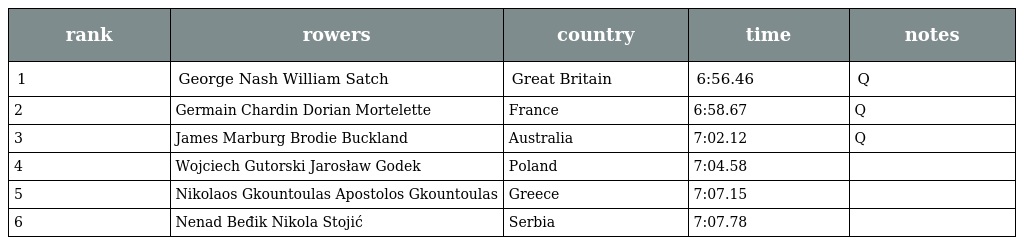
| rank | rowers | country | time | notes |
 | --- | --- | --- | --- | --- |
 | 1 | George Nash William Satch | Great Britain | 6:56.46 | Q |
 | 2 | Germain Chardin Dorian Mortelette | France | 6:58.67 | Q |
 | 3 | James Marburg Brodie Buckland | Australia | 7:02.12 | Q |
 | 4 | Wojciech Gutorski Jarosław Godek | Poland | 7:04.58 |  |
 | 5 | Nikolaos Gkountoulas Apostolos Gkountoulas | Greece | 7:07.15 |  |
 | 6 | Nenad Beđik Nikola Stojić | Serbia | 7:07.78 |  |